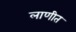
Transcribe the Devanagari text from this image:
लाणीत